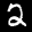
Label: 2